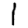
Digit: 1